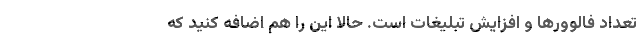
تعداد فالوورها و افزایش تبلیغات است. حالا این را هم اضافه‌ کنید که